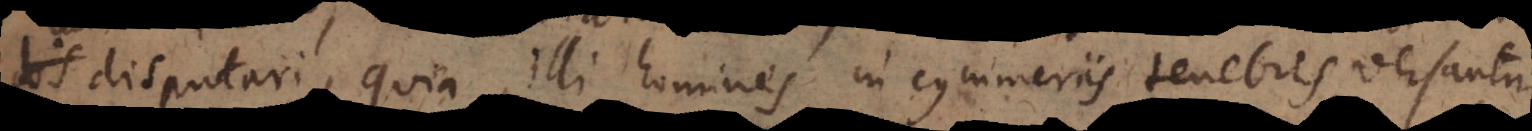
disputari, quia illi homines in cymmeriis tenebris versantur,